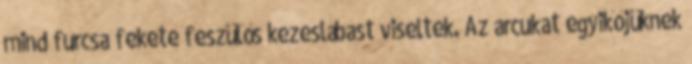
mind furcsa fekete feszülős kezeslábast viseltek. Az arcukat egyikőjüknek